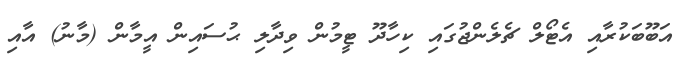
އަބޫބަކުރާއި އެޓޯލް ޗެލެންޖުގައި ކިހާދޫ ޓީމުން ވިދާލި ޙުސައިން އީމާން (މާނު) އާއި